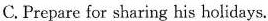
C. Prepare for sharing his holidays.